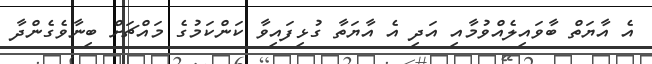
އެ އާޔަތް ބާވައިލެއްވުމާއި އަދި އެ އާޔަތާ ގުޅިފައިވާ ކަންކަމުގެ މައްޗަށް ބިނާވެގެންދާ